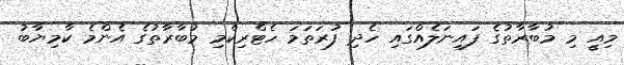
މިއީ މި މުބާރާތުގެ ފައިނަލެއްގައި ހެދި ފުރަތަމަ ހެޓްރިކްމި މުބާރާތުގެ އެންމެ ކާމިޔާބު